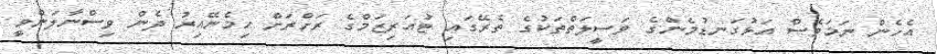
އެހެން ނަމަވެސް އަޅުގަނޑުމެންގެ ވަސީލަތްތަކުގެ ތެރޭގައި ޓުއަރިޒަމްގެ ރަށްރަށް ހިމެނޭއިރު ދެން ވިސްނާލަންވީ